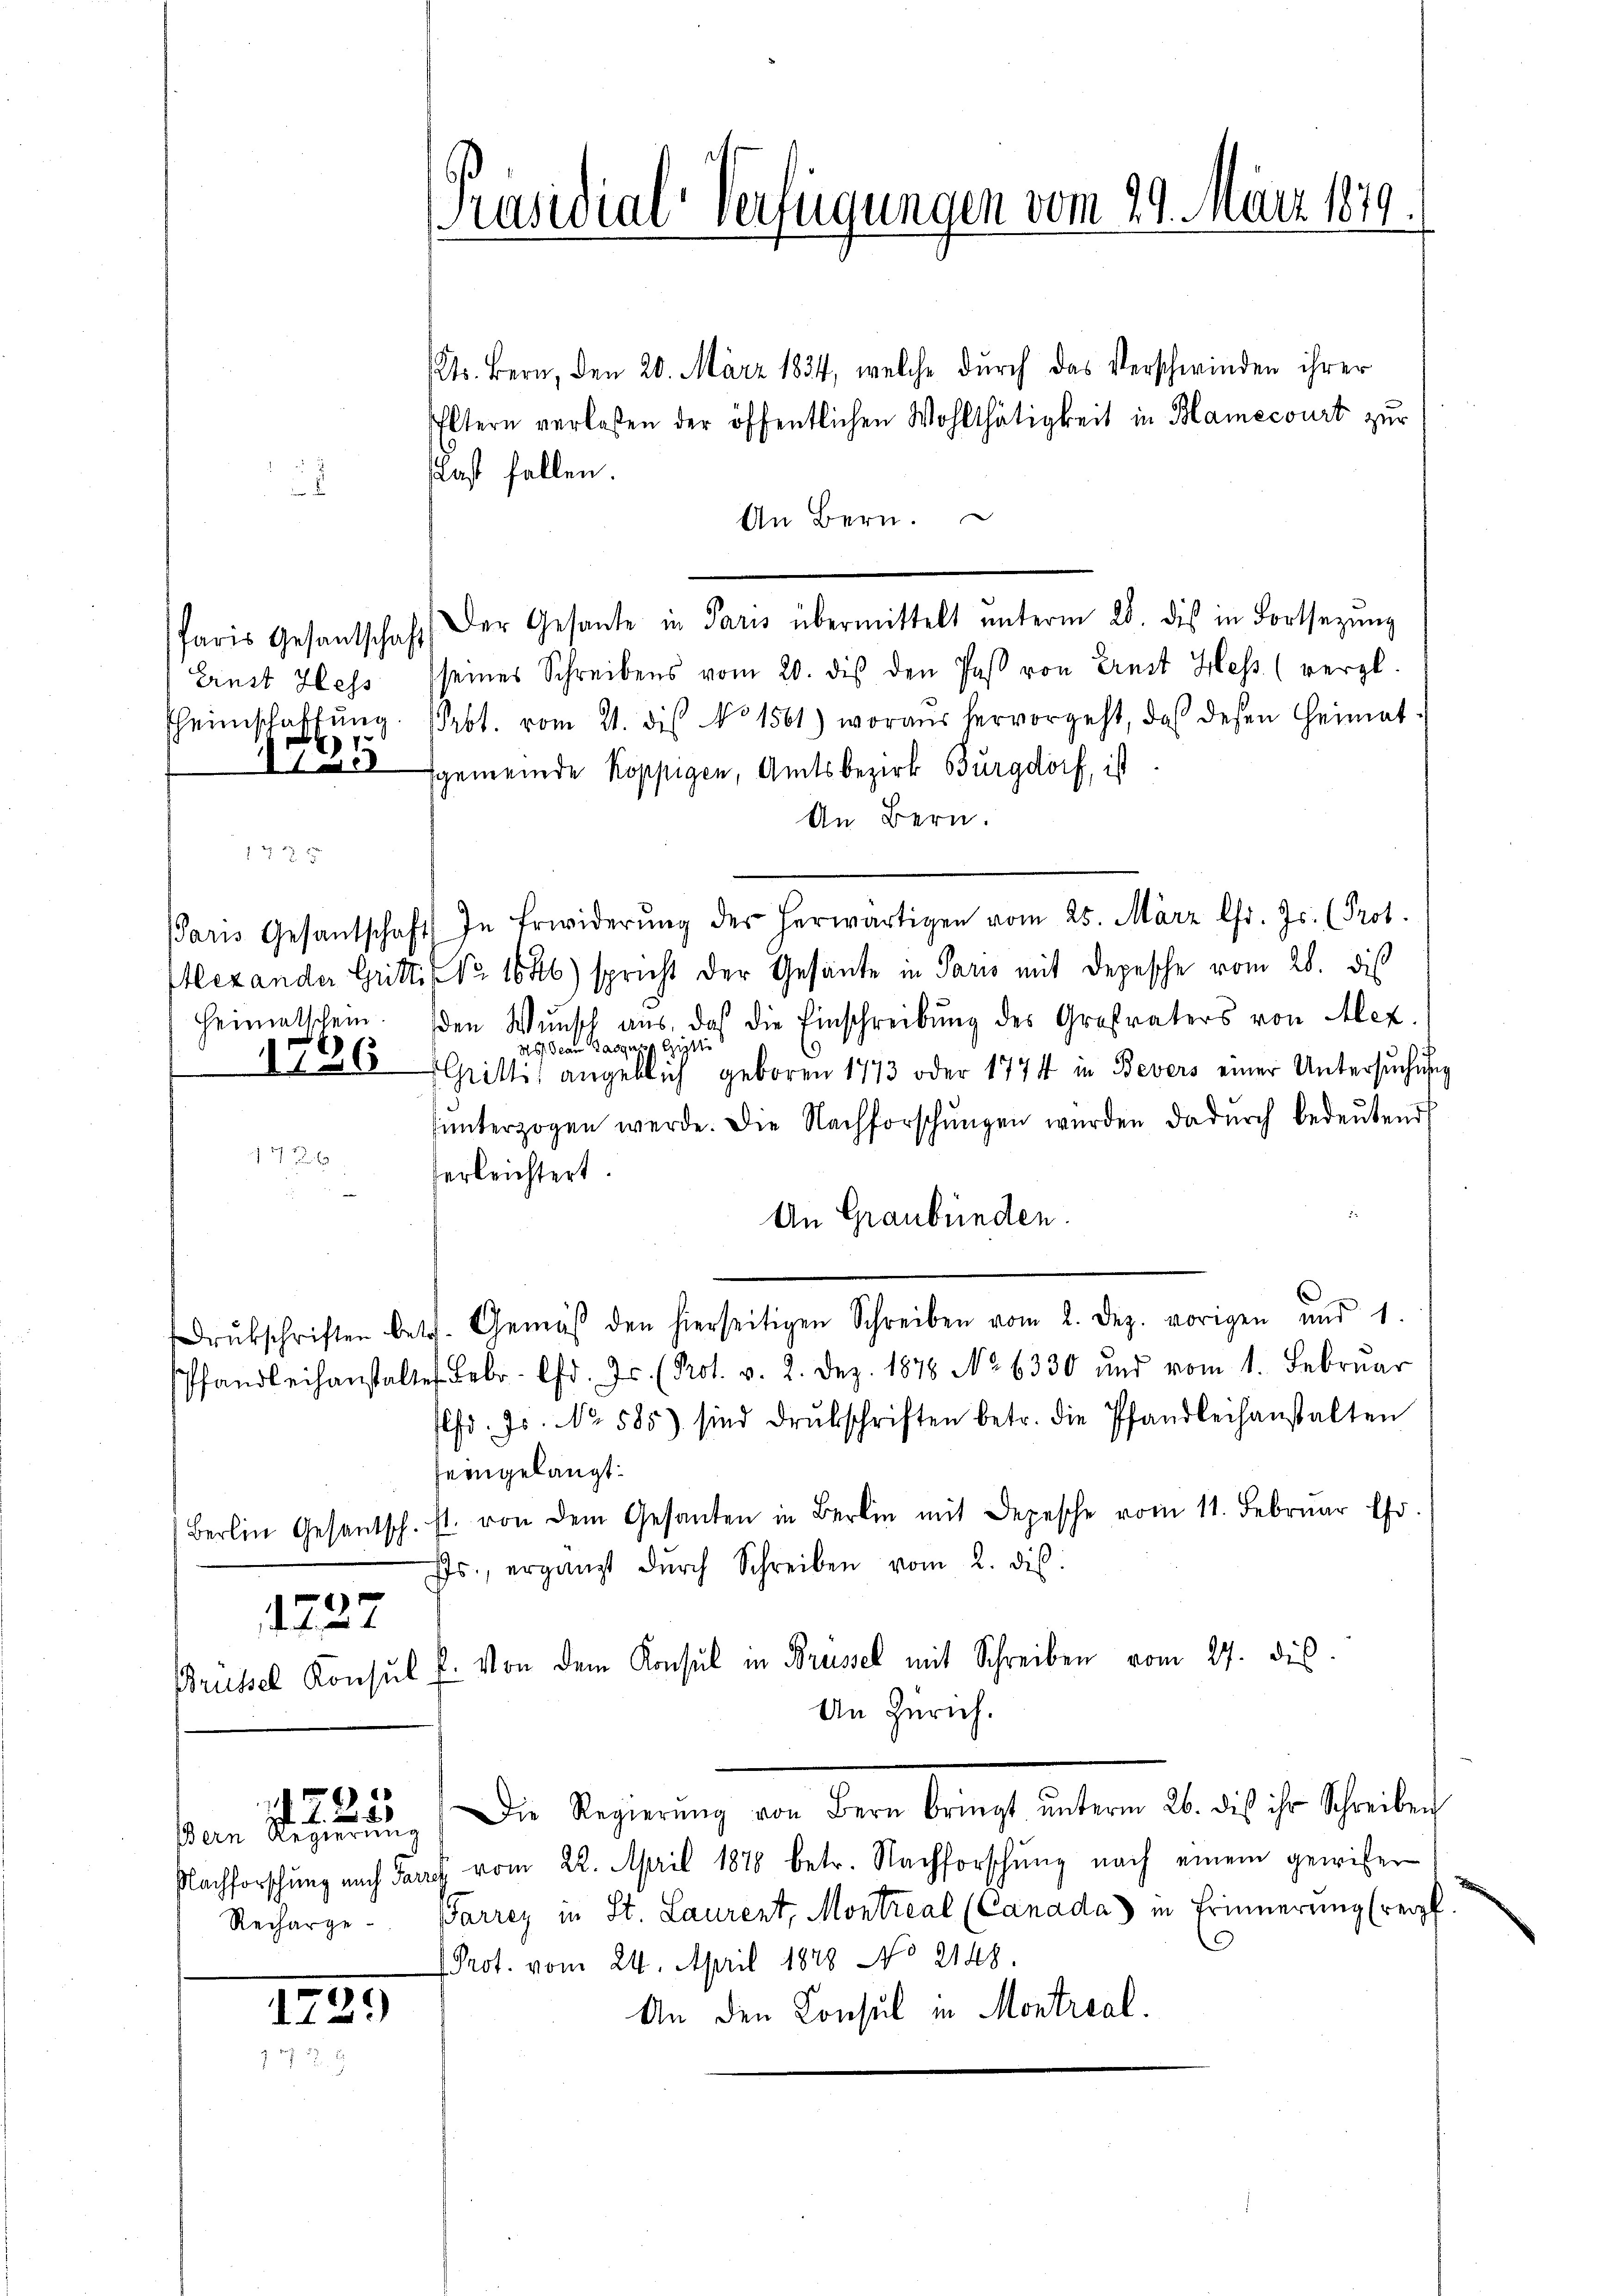
Paris Gesantschaft
41.

136

Kts. Bern, den 20. März 1834, welche durch das Verschwinden ihrer
Eltern verlaßen der öffentlichen Wohlthätigkeit in Hamecourt zur
ast fallen.
d
An Bern.
Der Gesante in Paris übermittelt ŭnterm 28. dis in Fortsezung
Ernst Hess (seines Schreibens vom 20. des den Paß von Ernst Hess (vergl.
Eheimschaffŭng. Webt. vom 21. dis No 1561) woraus hervorgeht, daß desen Heimat-
12 gemeinde Koppigen, Amtsbezirk Burgdorf, ist
An Bern.
f 4 x
Paris Gesantschaft) In Erwiderŭng der herwärtigen vom 25. März l. Js. (Prot.
lexander Gritte No 1646) spricht der Gesante in Paris mit Depesche vom 28. dis
Heimatschein. (den Wunsch aus, daß die Einschreibung des Großvaters von Alex
Hs. Jean Parge. Gilli
Gritli angeblich geboren 1773 oder 1774 in Bevers einer Untersŭchŭng
ŭnterzogen werde. Die Nachforschŭngen wurden dadŭrch bedeŭtend
erleichtert.
An Graubünden.
rukschriften betr. Gemäβ den hierseitigen Schreiben vom 2. Dez. vorigen und 1.
Pfandleihanstalten Febr. d. Js. (Prot. v. 2. Dez. 1878 No 6330 und vom 1. Februar
lfd. Js. No. 585) sind drŭkschriften betr. die Pfandleihanstalten
seingelangt.
Berlin Gesantsch. st. von dem Gesanten in Berlin mit Depesche vom 11. Februar Chr.
Js., ergänzt dŭrch Schreiben vom 2. dis
1227
Brüssel Konsul u. Von dem Konsul in Brüssel mit Schreiben vom 27. dies
An Zürich.
Die Regierŭng von Bern bringt ŭnterm 26. dis ihr Schreiben
1725
ßern Regierung
Nachforschung nach darf vom 22. April 1878 betr. Nachforschŭng nach einem gewisser
Recharge. Parrez in St. Laurent, Montreal (Canada in Erinnerung (verpf
Prot. vom 24. April 1828 No 2148.
An den Consul in Montreal.
1239)
z. S. 27

1

Präsidial-Verfügungen vom 29. März 1879.